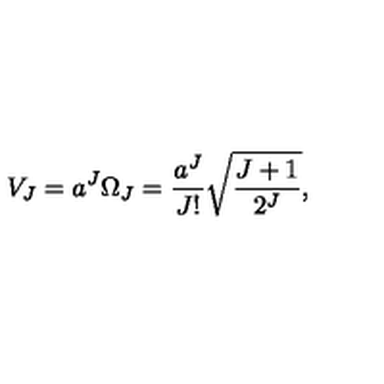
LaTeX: V _ { J } = a ^ { J } \Omega _ { J } = { \frac { a ^ { J } } { J ! } } \sqrt { \frac { J + 1 } { 2 ^ { J } } } ,